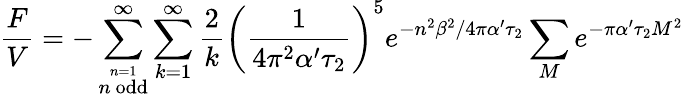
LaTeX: \frac{F}{V}=-\sum_{\stackrel{n=1}{n~\mathrm{odd}}}^{\infty}\sum_{k=1}^{\infty}\frac{2}{k}\left(\frac{1}{4\pi^{2}\alpha^{\prime}\tau_{2}}\right)^{5}e^{-n^{2}\beta^{2}/4\pi\alpha^{\prime}\tau_{2}}\sum_{M}e^{-\pi\alpha^{\prime}\tau_{2}M^{2}}